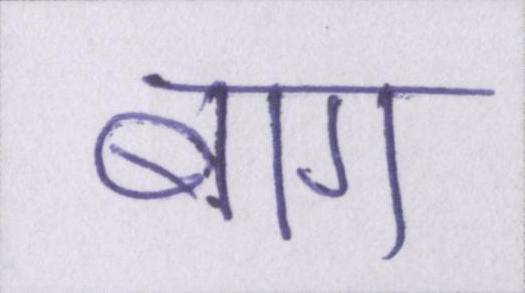
बाग